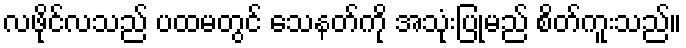
လဖိုင်လသည် ပထမတွင် သေနတ်ကို အသုံးပြုမည် စိတ်ကူးသည်။